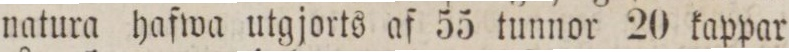
natura hafwa utgjorts af 55 tunnor 20 kappar